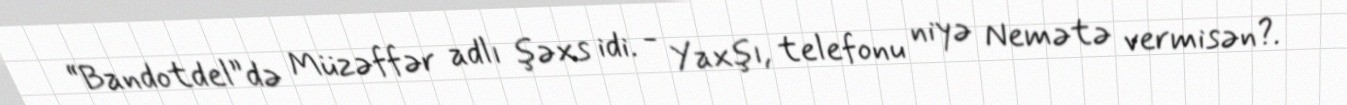
“Bandotdel”də Müzəffər adlı şəxs idi. - Yaxşı, telefonu niyə Nemətə vermisən?.